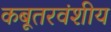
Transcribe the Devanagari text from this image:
कबूतरवंशीय